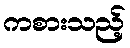
ကစားသည့်